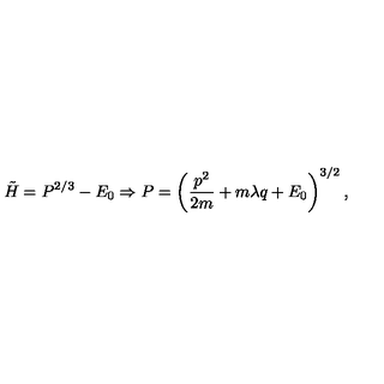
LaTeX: \tilde { H } = P ^ { 2 / 3 } - E _ { 0 } \Rightarrow P = \left( \frac { p ^ { 2 } } { 2 m } + m \lambda q + E _ { 0 } \right) ^ { 3 / 2 } ,